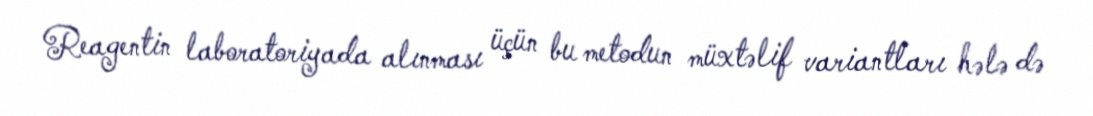
Reagentin laboratoriyada alınması üçün bu metodun müxtəlif variantları hələ də